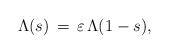
\begin{align*}\Lambda(s) \, = \, \varepsilon \, \Lambda(1-s),\end{align*}